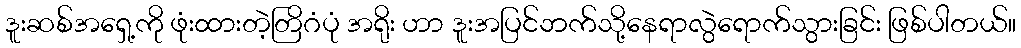
ဒူးဆစ်အရှေ့ကို ဖုံးထားတဲ့တြိဂံပုံ အရိုး ဟာ ဒူးအပြင်ဘက်သို့နေရာလွဲရောက်သွားခြင်း ဖြစ်ပါတယ်။